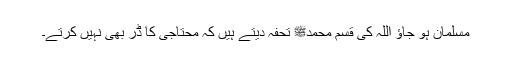
مسلمان ہو جاؤ اللہ کی قسم محمدﷺ تحفہ دیتے ہیں کہ محتاجی کا ڈر بھی نہیں کرتے۔